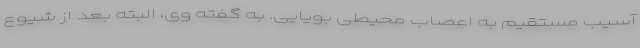
آسیب مستقیم به اعصاب محیطی بویایی. به گفته وی، البته بعد از شیوع